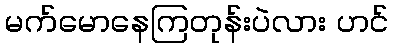
မက်မောနေကြတုန်းပဲလား ဟင်